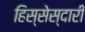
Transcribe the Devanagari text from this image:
हिस्सेस्दारी